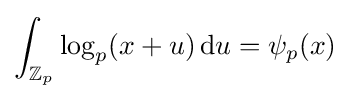
\int _{\mathbb {Z} _{p}}\log _{p}(x+u)\,{\rm {d}}u=\psi _{p}(x)